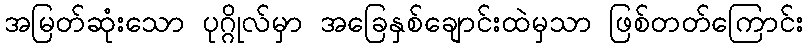
အမြတ်ဆုံးသော ပုဂ္ဂိုလ်မှာ အခြေနှစ်ချောင်းထဲမှသာ ဖြစ်တတ်ကြောင်း